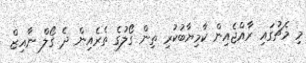
މި މެޗުގައި ރާއްޖެއިން ކާމިޔާބުކުރި ތިން ގޯލުގެ ތެރެއިން ދެ ގޯލް ނާއިޒް